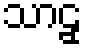
သာဠှ